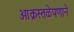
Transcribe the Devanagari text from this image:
आक्रस्तळेपणाने